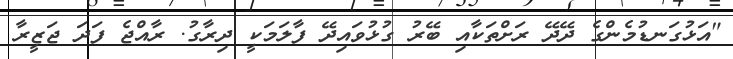
"އަޅުގަނޑުމެންގެ ދޭދޭ ރަށްތަކާއި ބޭރު ގުޅުވައިދޭ ފާލަމަކީ ދިރާގު. ރާއްޖެ ފަދަ ޖަޒީރާ